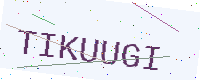
Text: TIKUUGI